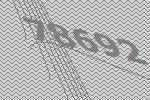
78692